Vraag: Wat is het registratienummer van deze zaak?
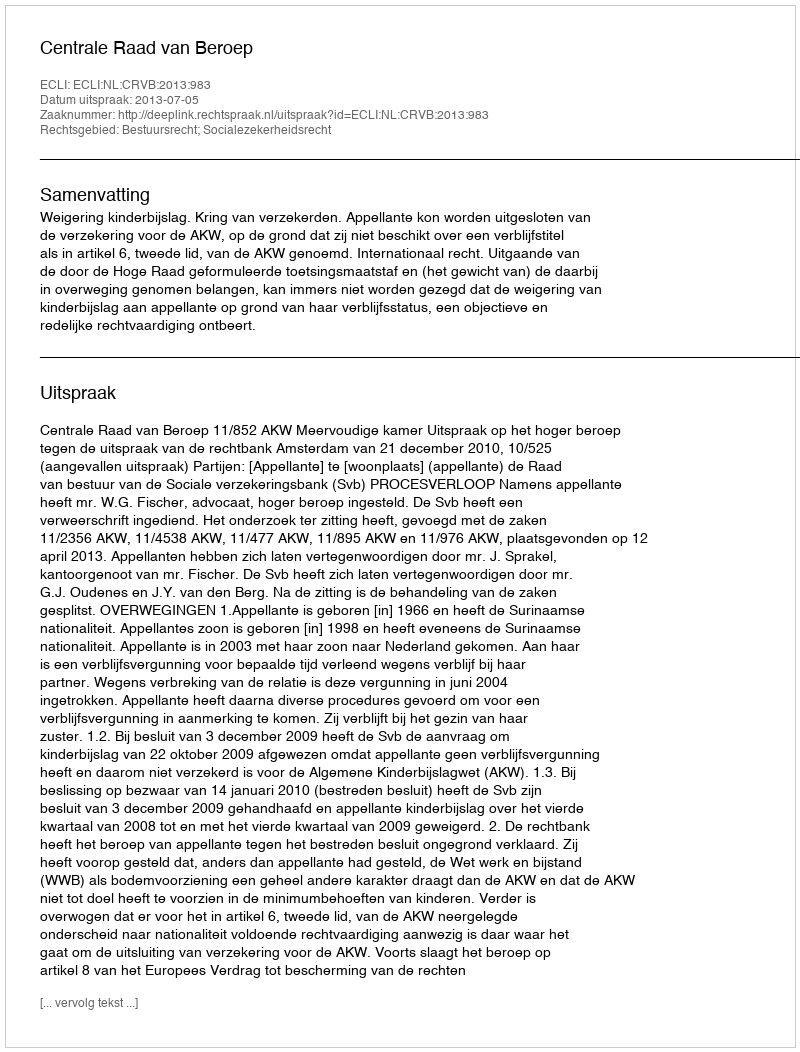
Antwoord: http://deeplink.rechtspraak.nl/uitspraak?id=ECLI:NL:CRVB:2013:983